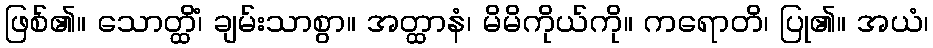
ဖြစ်၏။ သောတ္ထိံ၊ ချမ်းသာစွာ။ အတ္ထာနံ၊ မိမိကိုယ်ကို။ ကရောတိ၊ ပြု၏။ အယံ၊